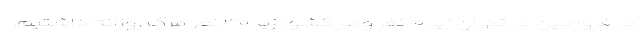
در فروردین در تهران زیر ۱۰ نفر و در کشور زیر ۳۰ نفر مرگ روزانه داشتیم.